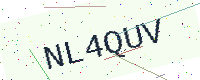
Text: NL4QUV